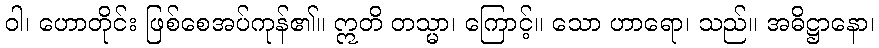
ဝါ၊ ဟောတိုင်း ဖြစ်စေအပ်ကုန်၏။ ဣတိ တသ္မာ၊ ကြောင့်။ သော ဟာရော၊ သည်။ အဓိဋ္ဌာနော၊